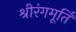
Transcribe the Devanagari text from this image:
श्रीरंगमूर्ति